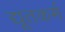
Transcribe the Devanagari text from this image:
द्यूतकर्म